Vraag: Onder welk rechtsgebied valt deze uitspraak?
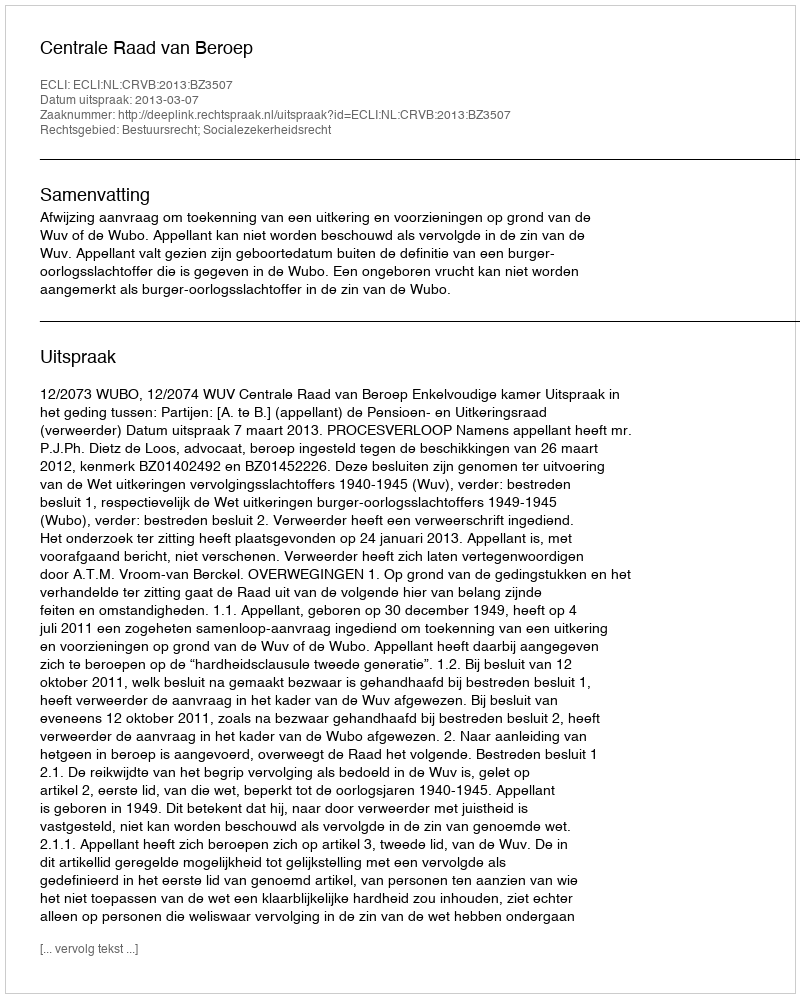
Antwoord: Bestuursrecht; Socialezekerheidsrecht